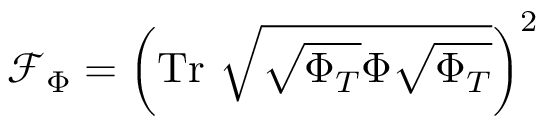
\mathcal { F } _ { \Phi } = \left( \mathrm { T r } ~ \sqrt { \sqrt { \Phi _ { T } } \Phi \sqrt { \Phi _ { T } } } \right) ^ { 2 }